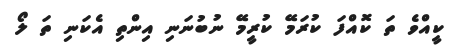
ކީއްވެ ތަ ކޮއްފަ ކުރަމޭ ކުރީމޭ ނުބުނަނި އިންތި އެކަނި ތަ ލޯ